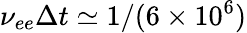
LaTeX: \nu_{ee}\Delta t\simeq 1/(6\times 10^{6})